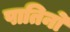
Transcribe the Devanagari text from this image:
पातिनो